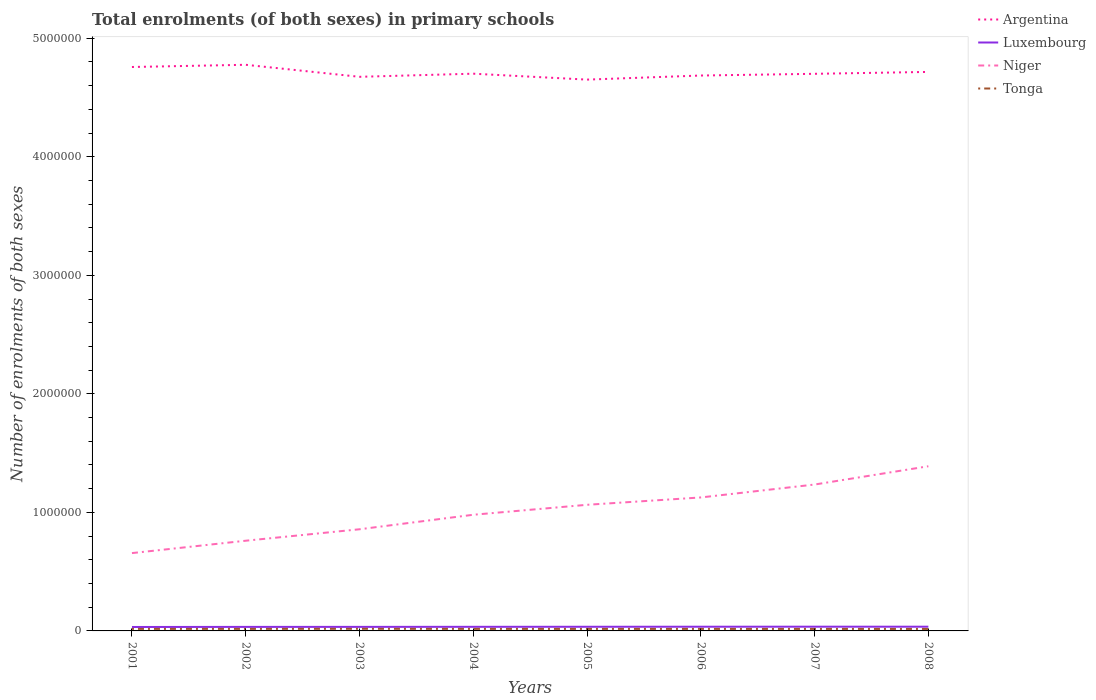
| Years | Argentina | Luxembourg | Niger | Tonga |
 | --- | --- | --- | --- | --- |
 | 2001 | 4.76e+06 | 3.33e+04 | 6.57e+05 | 1.7e+04 |
 | 2002 | 4.78e+06 | 3.4e+04 | 7.61e+05 | 1.71e+04 |
 | 2003 | 4.67e+06 | 3.41e+04 | 8.58e+05 | 1.79e+04 |
 | 2004 | 4.7e+06 | 3.46e+04 | 9.8e+05 | 1.71e+04 |
 | 2005 | 4.65e+06 | 3.5e+04 | 1.06e+06 | 1.7e+04 |
 | 2006 | 4.69e+06 | 3.54e+04 | 1.13e+06 | 1.69e+04 |
 | 2007 | 4.7e+06 | 3.57e+04 | 1.24e+06 | 1.69e+04 |
 | 2008 | 4.72e+06 | 3.56e+04 | 1.39e+06 | 1.67e+04 |